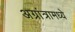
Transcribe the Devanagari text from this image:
अग्रांत्रामध्ये